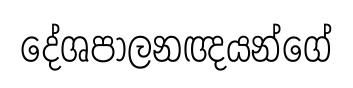
දේශපාලනඥයන්ගේ